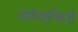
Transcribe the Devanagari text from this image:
लांगाचिनी